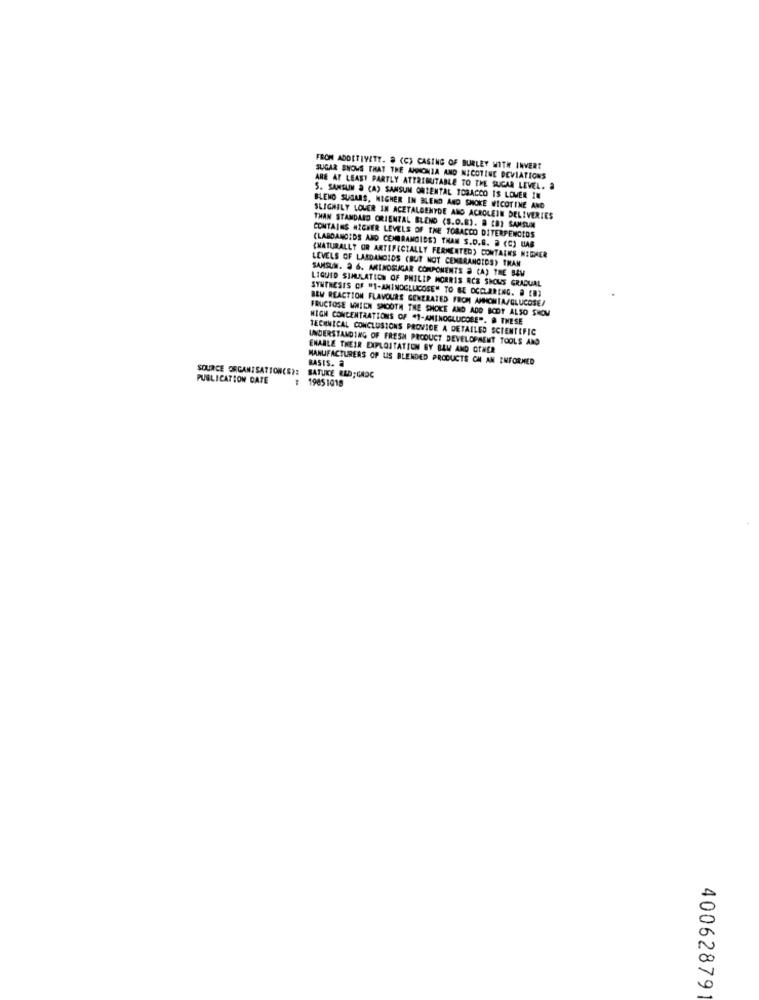
FROM ADDITIVETT. # (C) CASING OF BURLEY WITH INVERT
SUGAR SNOWS THAT THE AMMONIA AND NICOTINE DEVIATIONS
ARE AT LEAST PARTLY ATTRIBUTABLE TO THE SUCAR LEVEL. a
S. SANSUN & (A) SANSUM ONTEMTAL TOBACCO IS LOWER IN
BLEND SUGARS, HIGHER IN BLEND AND SMOKE NICOTINE AND
SLIGHTLY LOUER IN ACETALGENYDE AND ACROLEIN DELIVERIES
THAN STANDARD ORIENTAL BLEND (S.D.8). A [B) SAMSUN
CONTAINS HIGHER LEVELS OF THE TOBACCO DITERPENCIOS
(LARDANOIDS AND CEMBRANGIDS) THAN S.D.B. 2 (C) UAB
(NATURALLY OR ARTIFICIALLY FERMENTED) CONTAINS HIGHER
LEVELS OF LARDANCIOS (BUT NOT CEMBRANCIDS) THAN
SAMSUN. 3 6. ARTNOSUGAR COMPONENTS # (A) THE BEM
LIQUID SIMULATION OF PHILIP MORRIS RCE SHOWS GRADUAL
SYNTHESIS OF "1-AMINOGLUCOSE" TO BE OCELARING. @ (B)
BEW REACTION FLAVOURS GENERATED FROM AMHONTA/GLUCOSE/
FRUCTOSE WMIEN SMOOTH THE SHOKE AND ADD BODY ALSO SHOW
HIGH CONCENTRATIONS OF "1-AMINOGLUCOSE". @ THESE
TECHNICAL CONCLUSIONS PROVIDE A DETAILED SCIENTIFIC
UNDERSTANDING OF FRESH PRODUCT DEVELOPMENT TOOLS AND
ENABLE THEIR EXPLOITATION BY BAW AND OTHER
MANUFACTURERS OF US BLENDED PRODUCTS ON AN INFORMED
BASIS. a
SOURCE ORGANISATION(S): SATUKE RED;GASC
PUBLICATION DATE
: 19851018
40062879